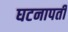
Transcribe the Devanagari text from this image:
घटनापती